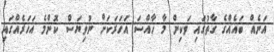
އަނެއް ބައެއްގެ ގާތުގައި ވަކިން މާ ހާއްސަ އަހަރަކަށް ނުވިޔަސް ކޮންމެ އަހަރެއްގައި